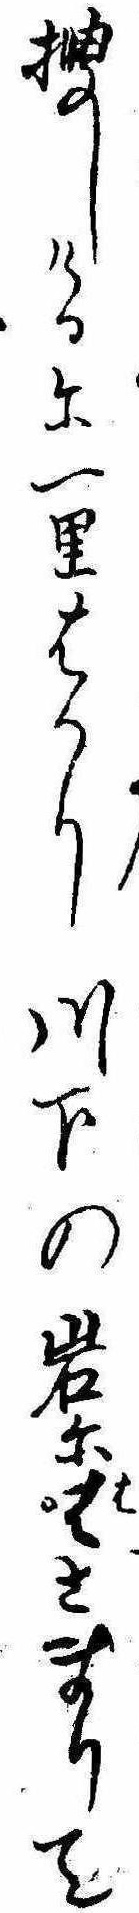
捜しけるに一里はかり川下の岩にはさまりて